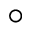
\circ